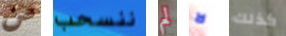
من ننسحب لم لا كذلك